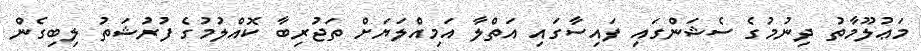
މަޢުލޫމާތު ދިނުމުގެ ސެޝަންގައި ފައިސާގައި އަތްލާ އަމިއްލަޔަށް ތަޖުރިބާ ކޮއްލުމުގެ ފުރުޝަތު ލިބިގެން